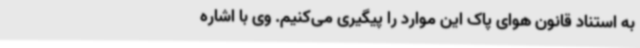
به استناد قانون هوای پاک این موارد را پیگیری می‌کنیم. وی با اشاره